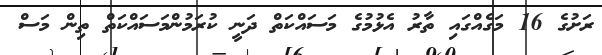
ރަށުގެ 16 މަގެއްގައި ތާރު އެޅުމުގެ މަސައްކަތް ދަނީ ކުރަމުންމަސައްކަތް ތިން މަސް